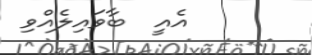
އެއީ  ބާވައިލެއްވި